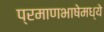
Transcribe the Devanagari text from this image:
प्रमाणभाषेमध्ये